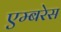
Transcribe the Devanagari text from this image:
एम्बरेस